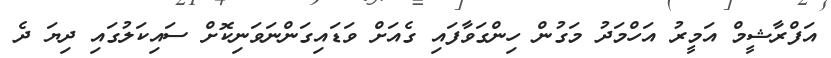
އަފްރާޝީމް އަމީރު އަހްމަދު މަގުން ހިންގަވާފައި ގެއަށް ވަޑައިގަންނަވަނިކޮށް ސައިކަލުގައި ދިޔަ ދެ